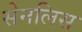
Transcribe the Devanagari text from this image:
सेनलिस